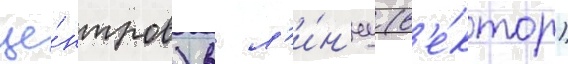
це́нтров) в л'и́н'иу (в'е́ктор)